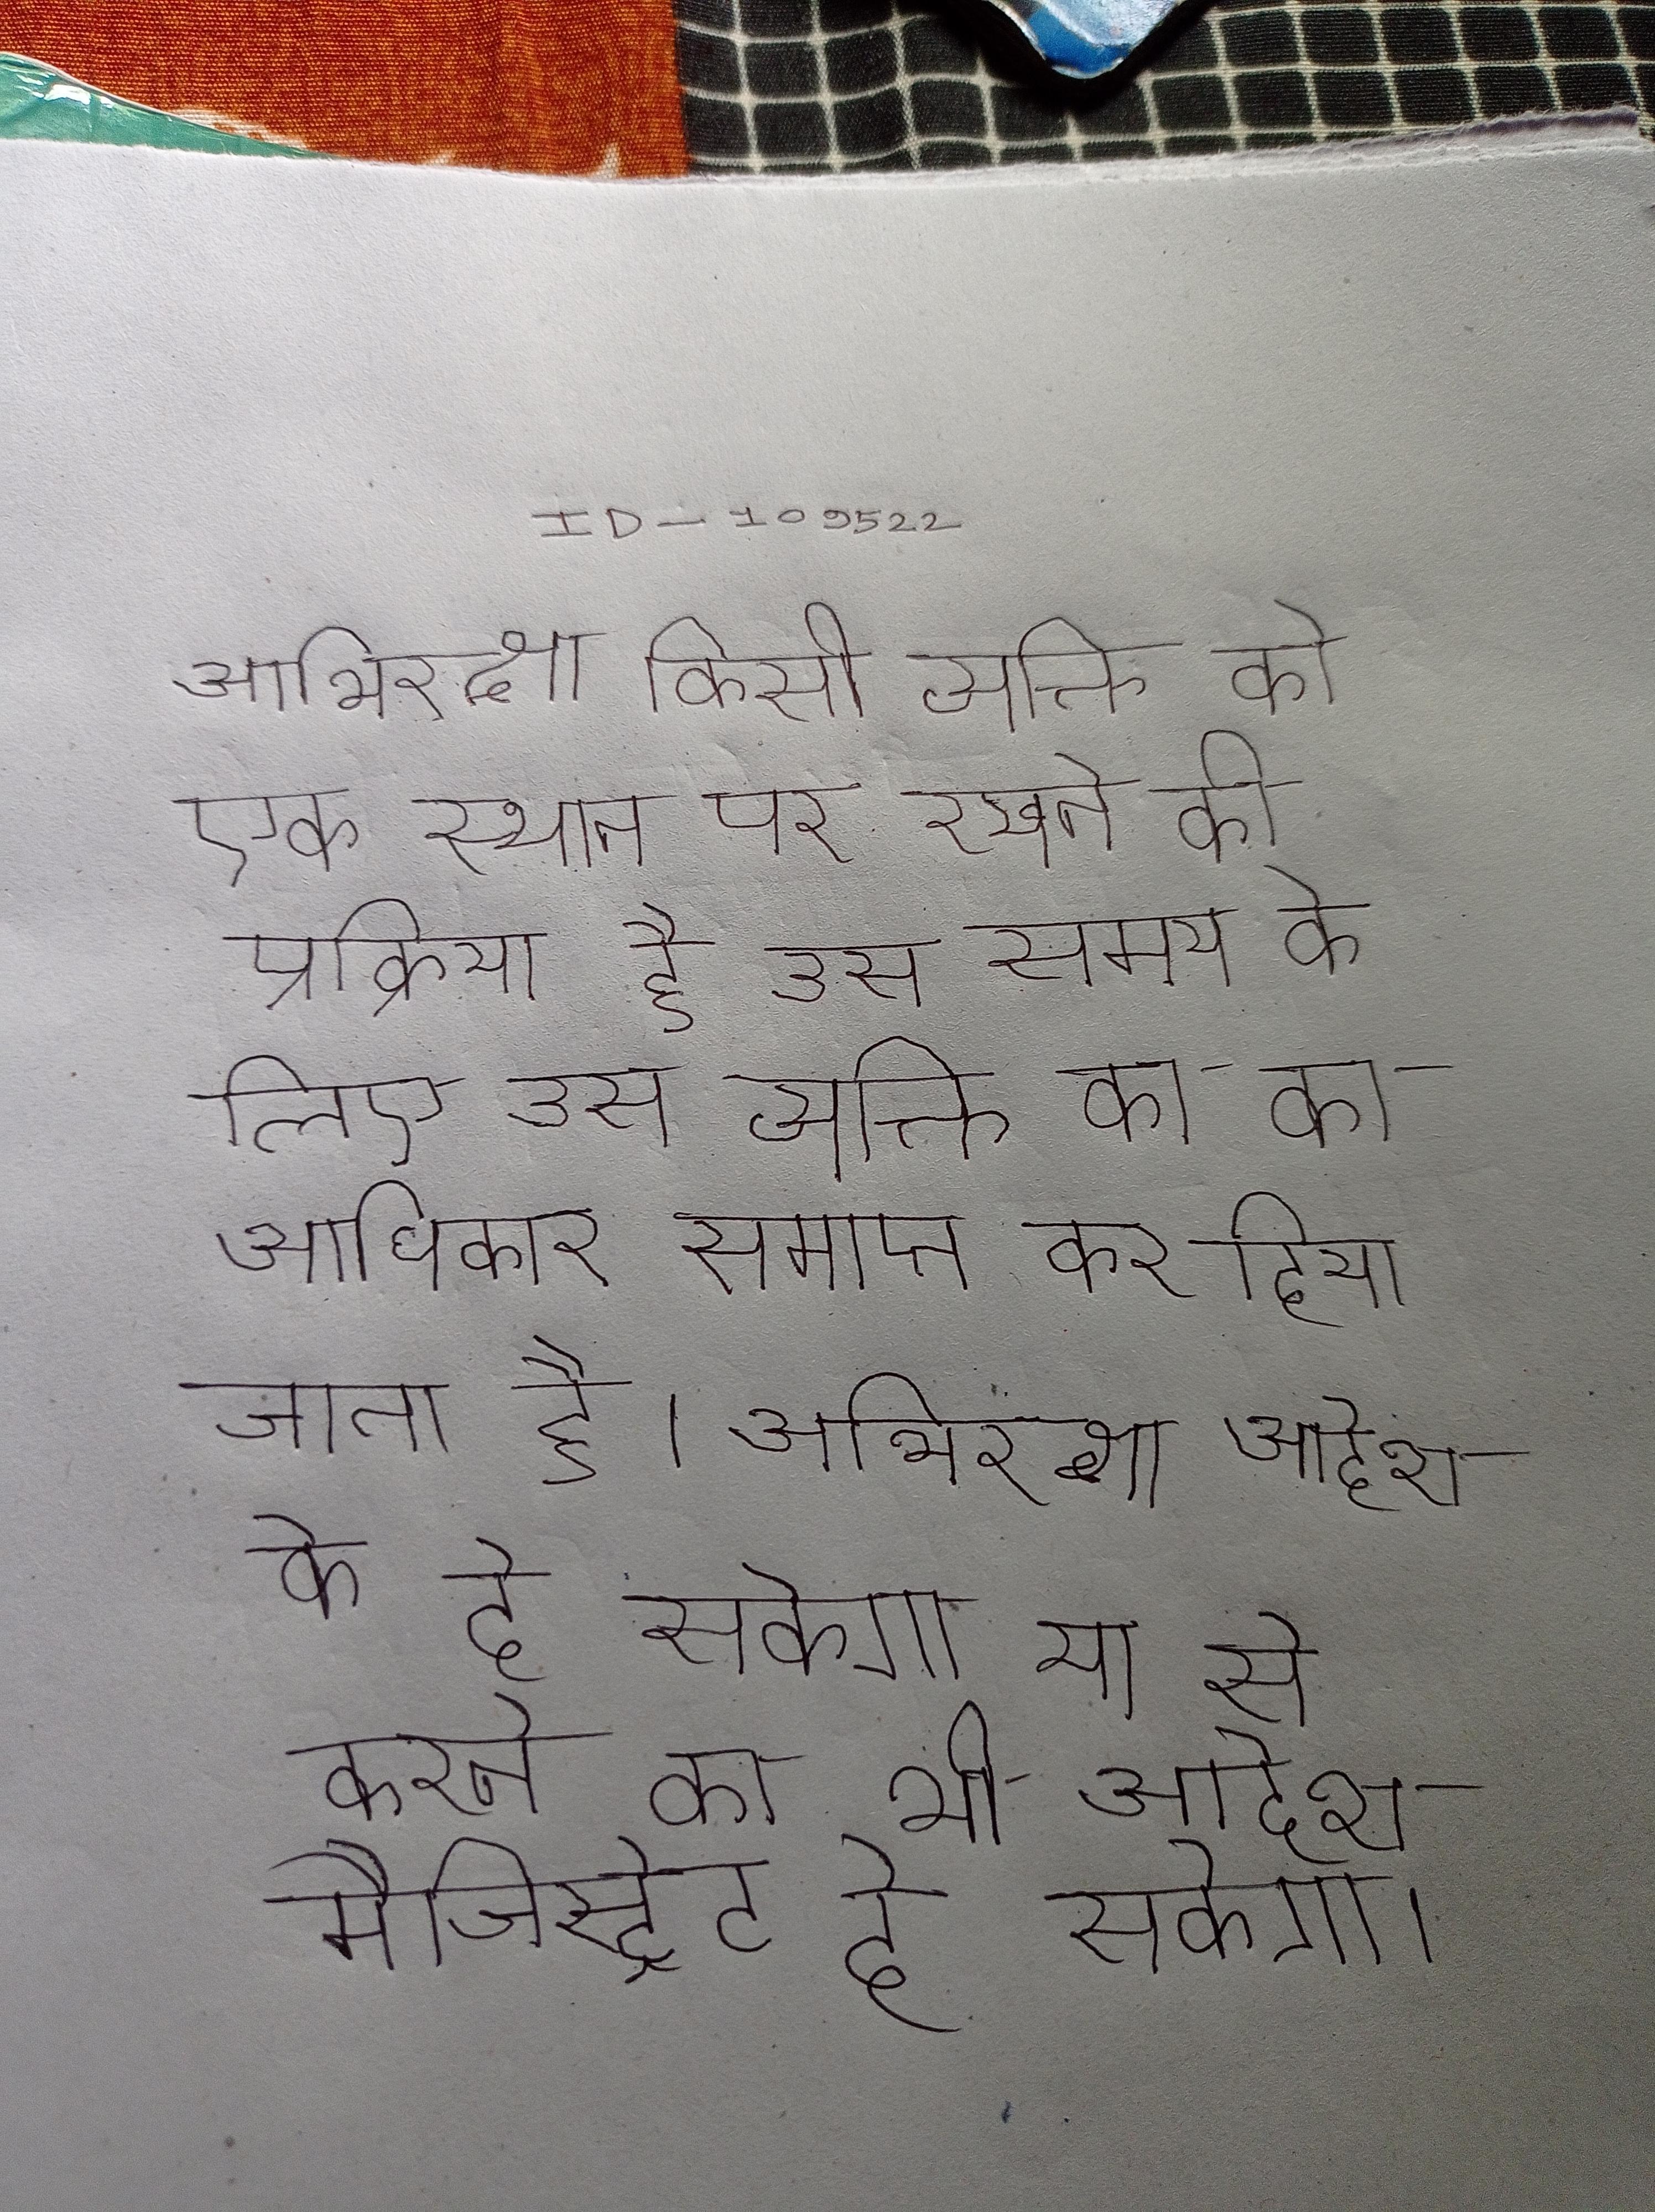
अभिरक्षा किसी व्यक्ति को एक स्थान पर रखने की प्रक्रिया है उस समय के लिए उस व्यक्ति का का अधिकार समाप्त कर दिया जाता है । अभिरक्षा आदेश के दे सकेगा या से करने का भी आदेश मैजिस्ट्रेट दे सकेगा ।